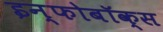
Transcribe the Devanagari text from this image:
इन्फोबॉक्स